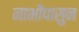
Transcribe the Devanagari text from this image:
नाभीपासुन